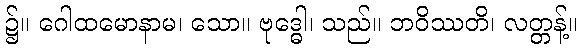
၌။ ဂေါထမောနာမ၊ သော။ ဗုဒ္ဓေါ၊ သည်။ ဘဝိဿတိ၊ လတ္တန့်။